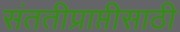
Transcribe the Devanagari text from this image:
संततीप्राप्तीसाठी